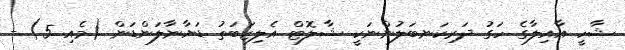
ޝާހީ އާއިލާގެ ހަގު ދަރިކަނބަލުންނަކީ ޝާލޮޓް އެލިޒަބަތު ޑަޔާނާލަންޑަން (މެއި 5) -